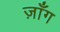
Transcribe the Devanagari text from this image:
ज़ाँग